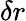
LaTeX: \delta r